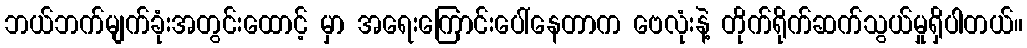
ဘယ်ဘက်မျက်ခုံးအတွင်းထောင့် မှာ အရေးကြောင်းပေါ်နေတာက ဗေလုံးနဲ့ တိုက်ရိုက်ဆက်သွယ်မှုရှိပါတယ်။